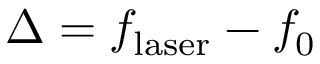
\Delta = f _ { \mathrm { l a s e r } } - f _ { 0 }